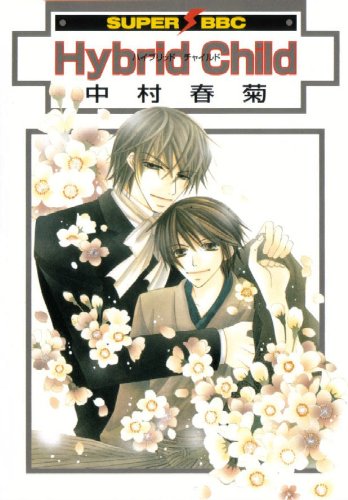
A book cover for Hybrid Child (Yaoi); Shungiki Nakamura; Comics & Graphic Novels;